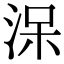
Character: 㳭